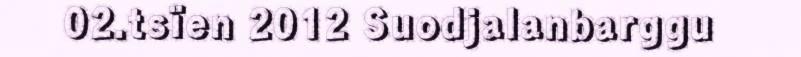
02.tsïen 2012 Suodjalanbarggu